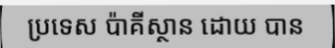
ប្រទេស ប៉ាគីស្ថាន ដោយ បាន